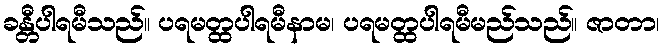
ခန္တီပါရမီသည်။ ပရမတ္ထပါရမီနာမ၊ ပရမတ္ထပါရမီမည်သည်။ ဇာတာ၊